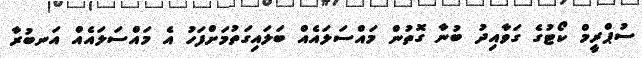
ސުޕްރީމް ކޯޓުގެ ގަވާއިދު ބުނާ ގޮތުން މައްސަލައެއް ބަލައިގަތުމަށްފަހު އެ މައްސަލައެއް އަނބުރާ